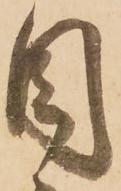
目